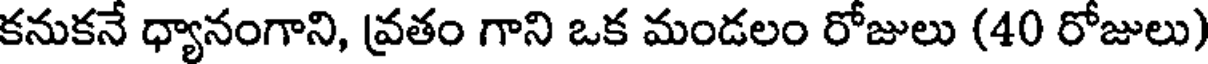
కనుకనే ధ్యానంగాని, వ్రతం గాని ఒక మండలం రోజులు (40 రోజులు)